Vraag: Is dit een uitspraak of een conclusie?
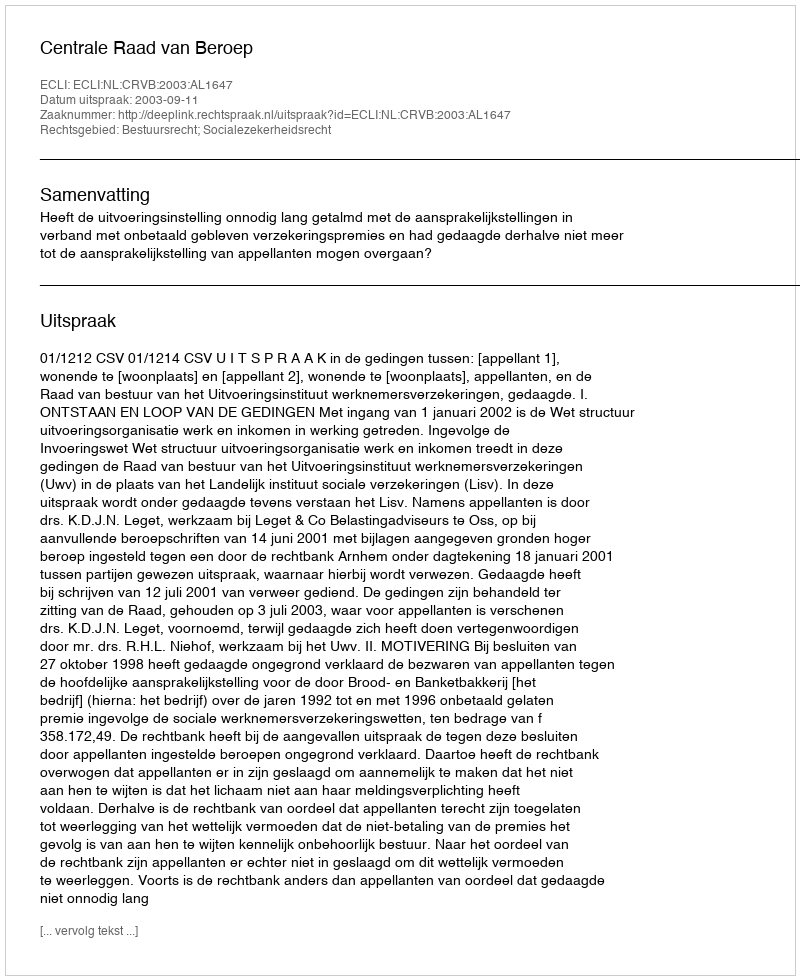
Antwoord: Uitspraak